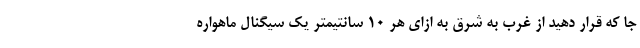
جا که قرار دهید از غرب به شرق به ازای هر ۱۰ سانتیمتر یک سیگنال ماهواره